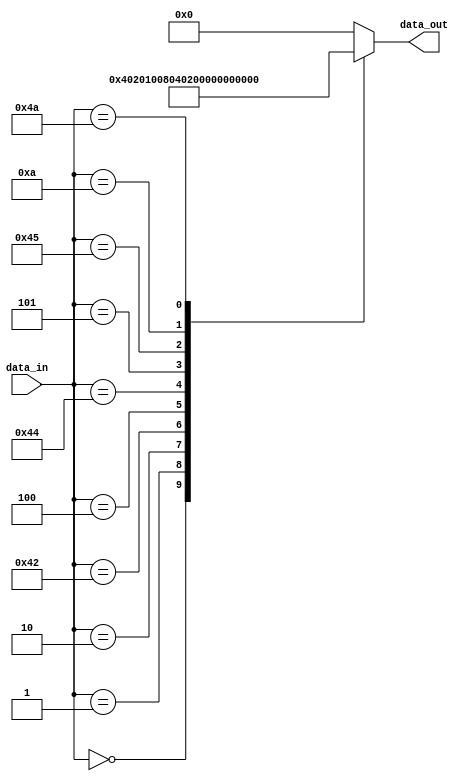
module decoder (input [7:0] data_in , output reg[9:0] data_out);

always @(*)
begin
data_out = 10'd0;
case(data_in)
8'h00:data_out<=10'd1;
8'h01:data_out<=10'd2;
8'h02:data_out<=10'd4;
8'h42:data_out<=10'd8;
8'h04:data_out<=10'd16;
8'h44:data_out<=10'd32;
8'h05:data_out<=10'd64;
8'h45:data_out<=10'd128;
8'h0a:data_out<=10'd256;
8'h4a:data_out<=10'd512;
default: data_out<=10'd0;
endcase

end
endmodule